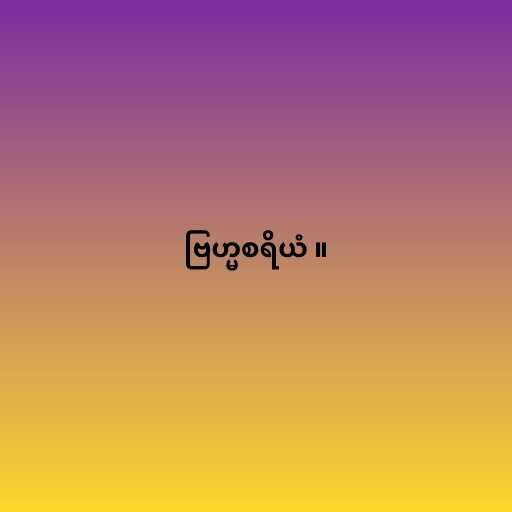
ဗြဟ္မစရိယံ ။